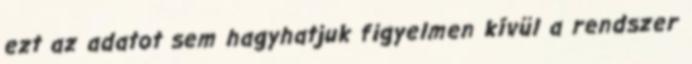
ezt az adatot sem hagyhatjuk figyelmen kívül a rendszer